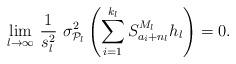
LaTeX: \begin{align*}\lim_{l\to\infty}\, \frac1{s^2_l}\ \sigma^2_{\mathcal P_{l}}\left(\sum_{i=1}^{k_l} S_{a_{i}+n_l}^{M_l} h_l\right)=0.\end{align*}